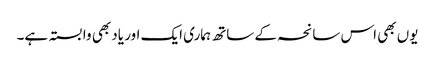
یوں بھی اس سانحہ کے ساتھ ہماری ایک اور یاد بھی وابستہ ہے۔